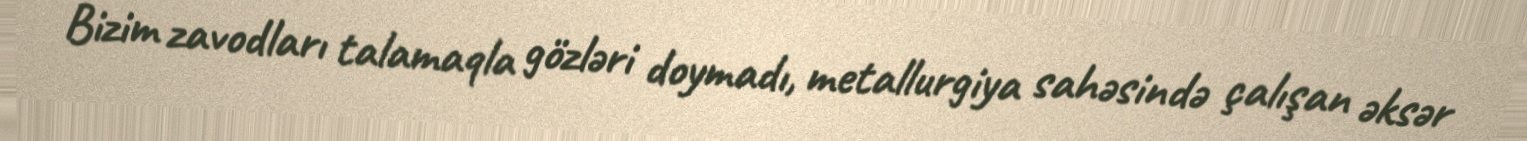
Bizim zavodları talamaqla gözləri doymadı, metallurgiya sahəsində çalışan əksər